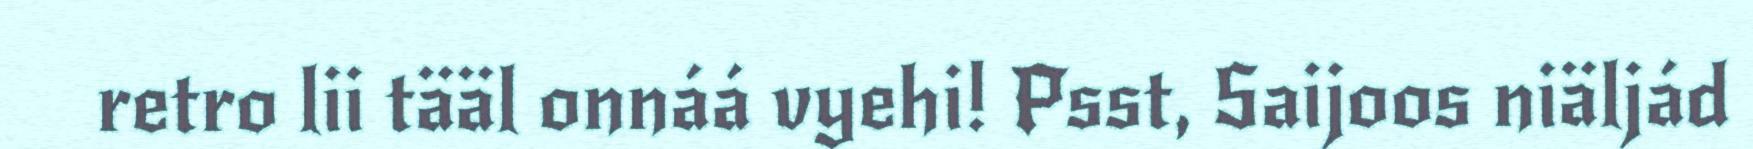
retro lii tääl onnáá vyehi! Psst, Saijoos niäljád